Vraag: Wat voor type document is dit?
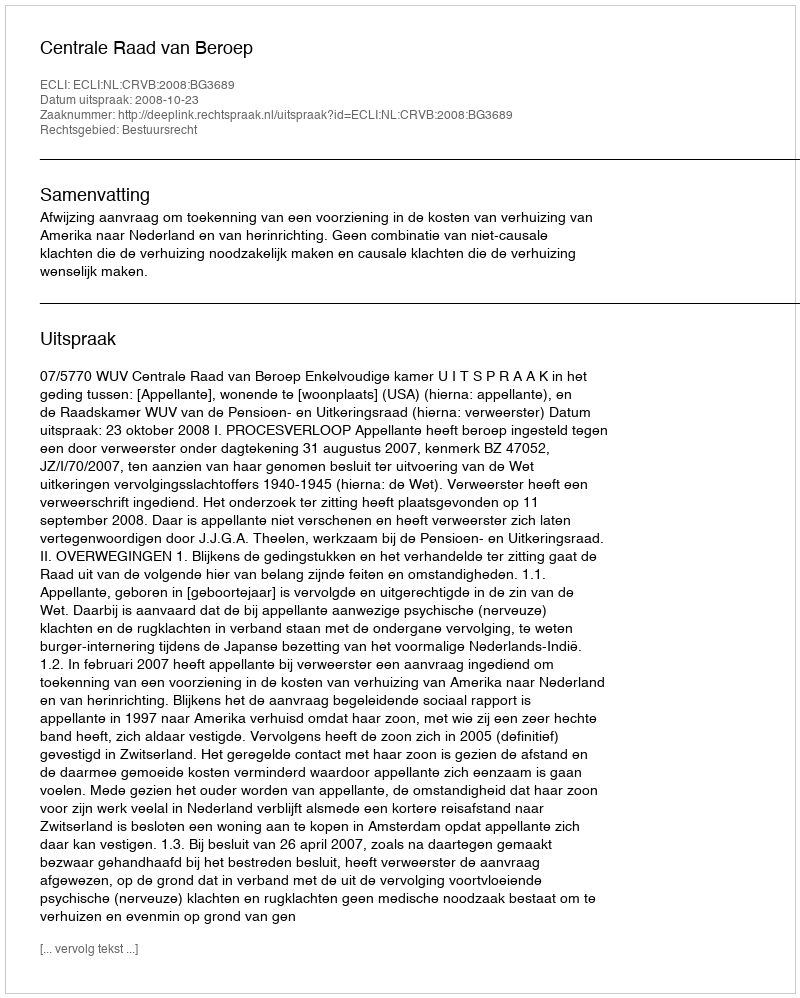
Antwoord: Uitspraak